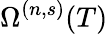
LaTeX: \Omega^{(n,s)}(T)